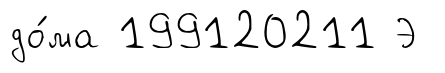
до́ма 199120211 Э